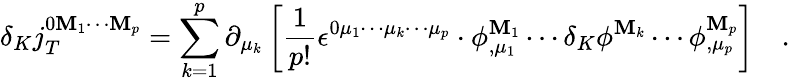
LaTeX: \delta_{K}j_{T}^{0\mathbf{M}_{1}\cdots\mathbf{M}_{p}}=\sum_{k=1}^{p}\partial_{\mu_{k}}\left[\frac{1}{{p!}}\epsilon^{0\mu_{1}\cdots\mu_{k}\cdots\mu_{p}}\cdot\phi_{,\mu_{1}}^{\mathbf{M}_{1}}\cdots\delta_{K}\phi^{\mathbf{M}_{k}}\cdots\phi_{,\mu_{p}}^{\mathbf{M}_{p}}\right]\quad.